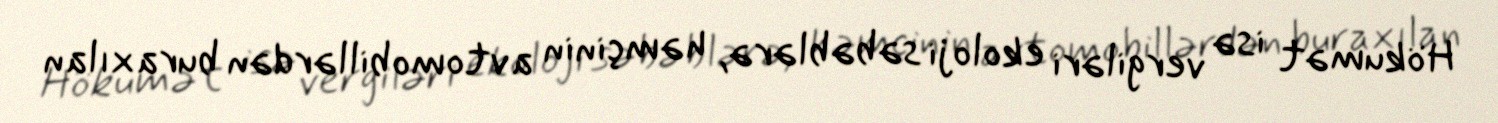
Hökumət isə vergiləri ekoloji səbəblərə, həmçinin avtomobillərdən buraxılan